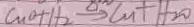
C _ { n } O + H _ { 2 } \xlongequal { \Delta } C u + H _ { 2 } O